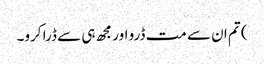
) تم ان سے مت ڈرو اور مجھ ہی سے ڈرا کرو۔